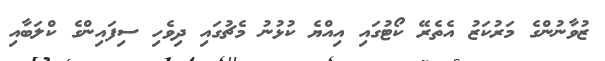
ޒުވާނުންގެ މަރުކަޒު އެތެރޭ ކޯޓުގައި އިއްޔެ ކުޅުނު މެޗުގައި ދިވެހި ސިފައިންގެ ކްލަބާއި